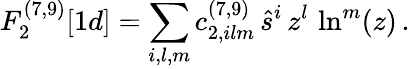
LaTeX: F_{2}^{(7,9)}[1d]=\sum_{i,l,m}c_{2,ilm}^{(7,9)}\, \hat{s}^{i}\, z^{l}\, \ln^{m}(z)\, .